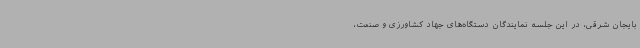
بایجان شرقی، در این جلسه نمایندگان دستگاه‌های جهاد کشاورزی و صنعت،